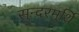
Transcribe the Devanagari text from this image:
सुन्दरमुर्थि